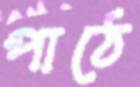
পাঠে